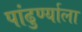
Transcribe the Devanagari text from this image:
पांढुर्ण्याला